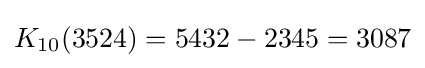
K_{10}(3524)=5432-2345=3087